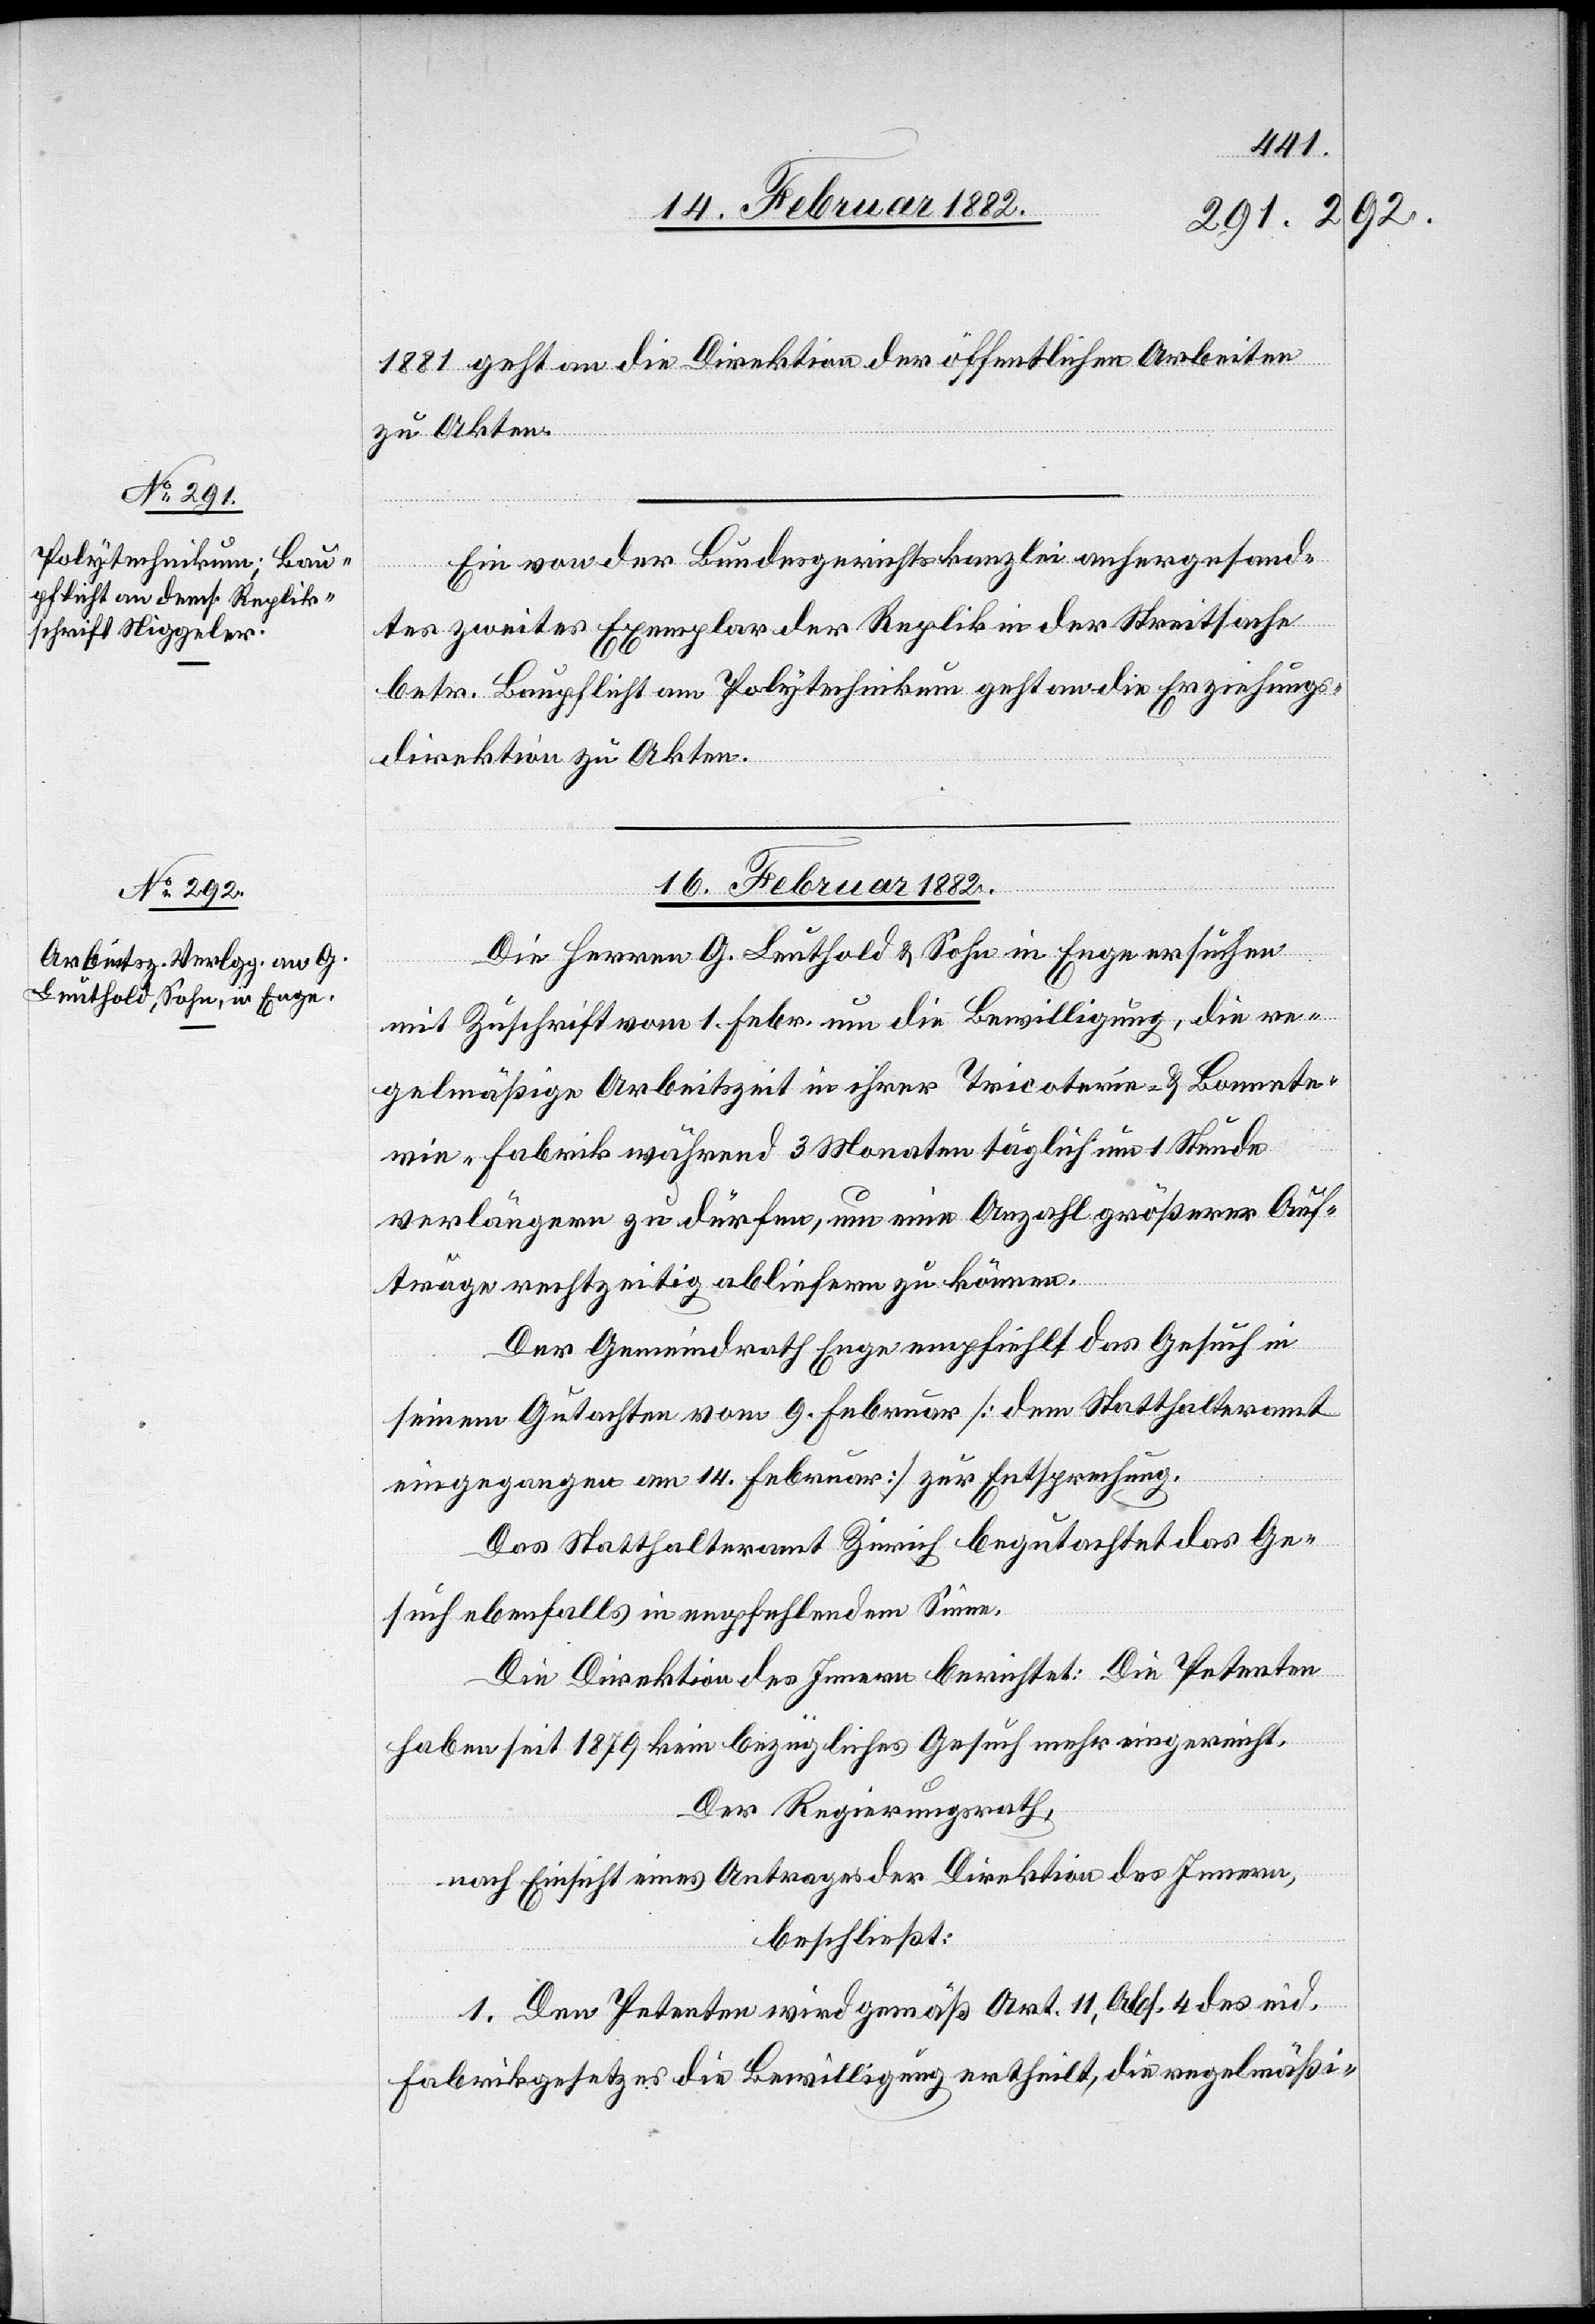
15. Februar 1882.]
1881 geht an die Direktion der öffentlichen Arbeiten
zu Akten.
Ein von der Bundesgerichtskanzlei anhergesand¬
tes zweites Exemplar der Replik in der Streitsache
betr. Baupflicht am Polytechnikum geht an die Erziehungs¬
direktion zu Akten.
16. Februar 1882.
Die Herren G. Leuthold & Sohn in Enge ersuchen
mit Zuschrift vom 1. Febr. um die Bewilligung, die re¬
gelmäßige Arbeitszeit in ihrer Tricoterin- & Bomete¬
rin-Fabrik während 3 Monaten täglich um 1 Stunde
verlängern zu dürfen, um eine Anzahl größerer Auf¬
träge rechtzeitig abliefern zu können.
Der Gemeindrath Enge empfiehlt das Gesuch in
seinem Gutachten vom 9. Februar [dem Statthalteramt
eingegangen am 14. Februar] zur Entsprechung.
Das Statthalteramt Zürich begutachtet das Ge¬
such ebenfalls in empfehlendem Sinne.
Die Direktion des Innern berichtet: Die Petenten
haben seit 1879 kein bezügliches Gesuch mehr eingereicht.
Der Regierungsrath,
nach Einsicht eines Antrages der Direktion des Innern,
beschließt:
1. Den Petenten wird gemäß Art. 11, Abs. 4 des eid.
Fabrikgesetzes die Bewilligung ertheilt, die regelmäßi-